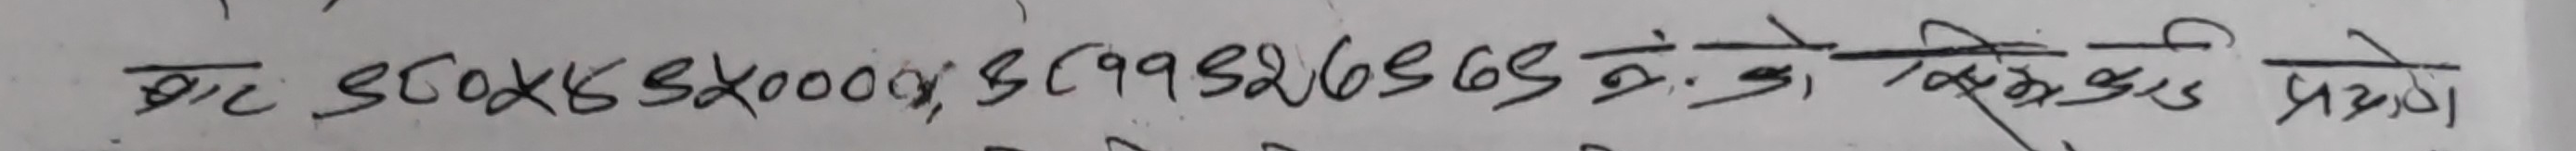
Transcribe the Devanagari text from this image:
बाट ५०x५८२००००; ९९३२ (७३६५) स ठे. खेति प्रयोग